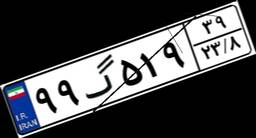
۹۹گ۵۱۹۳۹